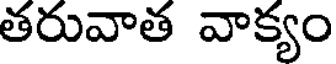
తరువాత వాక్యం